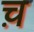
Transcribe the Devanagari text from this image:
च़